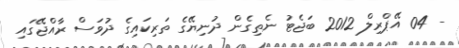
- 04 އޭޕްރިލް 2012 ބަޖެޓު ނެތިގެން ދުނިޔޭގެ ތަރިކައިގެ ދުވަސް ރާއްޖޭގައި